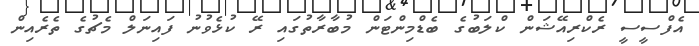
އެފްސީސީ ރެކްރިއޭޝަން ކްލަބުގެ ބެޑްމިންޓަން މުބާރާތުގައި ރޭ ކުޅެވުނު ފައިނަލް މެޗުގެ ތެރެއިން